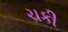
ચકી